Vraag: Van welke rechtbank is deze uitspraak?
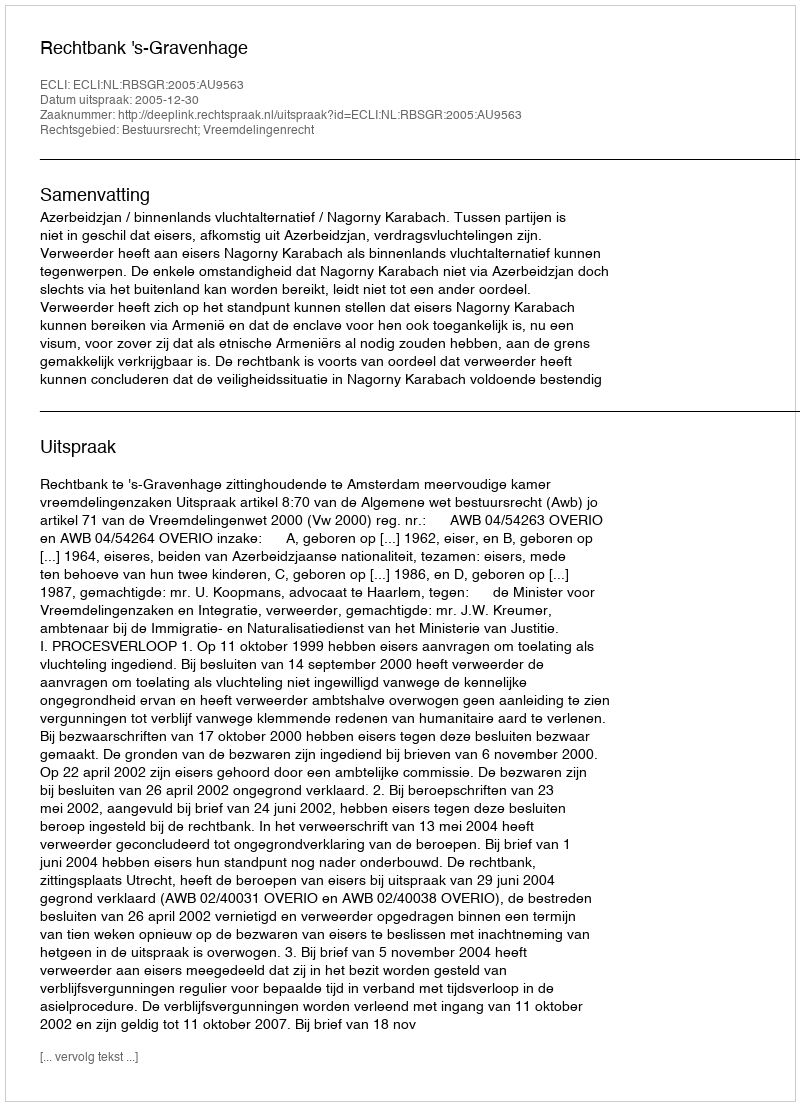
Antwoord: Rechtbank 's-Gravenhage